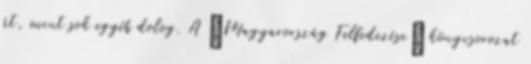
át, mint sok egyéb dolog. A „Magyarország Felfedezése” könyvsorozat